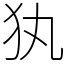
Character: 犱